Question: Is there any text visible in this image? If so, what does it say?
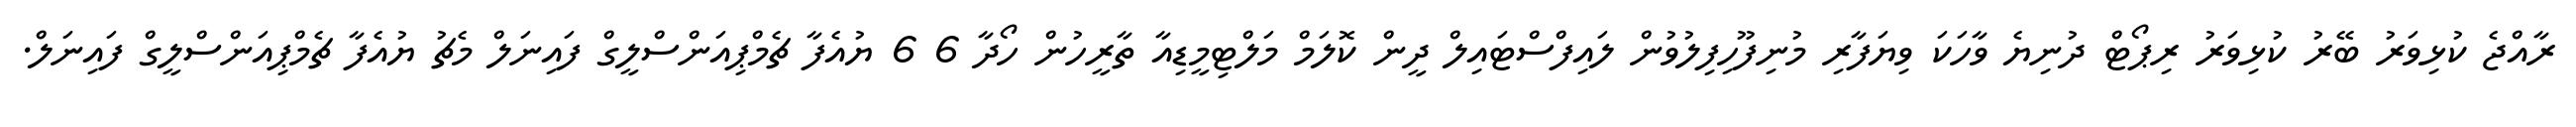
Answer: ރާއްޖެ ކުޅިވަރު ބޭރު ކުޅިވަރު ރިޕޯޓް ދުނިޔެ ވާހަކަ ވިޔަފާރި މުނިފޫހިފިލުވުން ލައިފްސްޓައިލް ދީން ކޮލަމް މަލްޓިމީޑިއާ ތާރީހުން ހޯދާ 6 6 ޔުއެފާ ޗެމްޕިއަންސްލީގް ފައިނަލް މެޗު ޔުއެފާ ޗެމްޕިއަންސްލީގް ފައިނަލް.